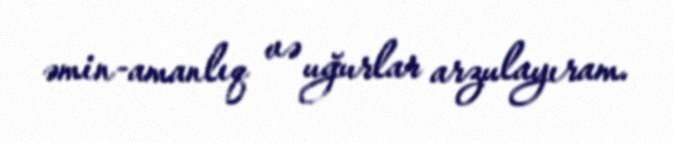
əmin-amanlıq və uğurlar arzulayıram.